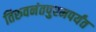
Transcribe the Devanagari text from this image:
तिरुवनंतपुरमपर्यंत